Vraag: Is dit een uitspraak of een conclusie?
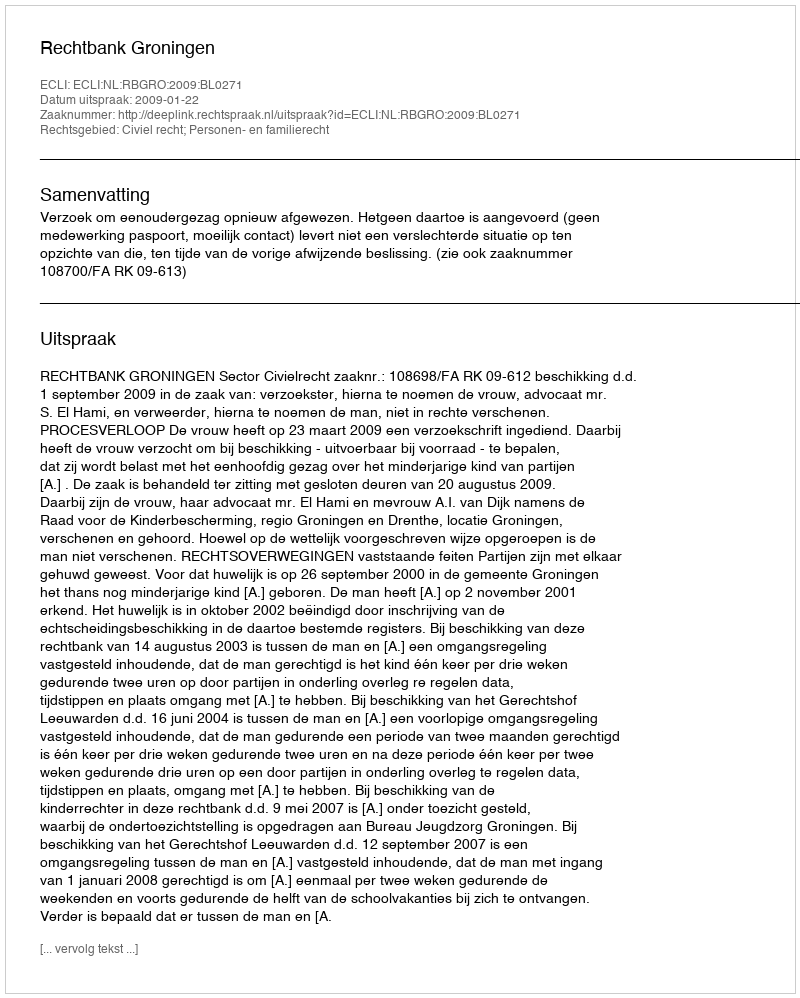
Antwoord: Uitspraak